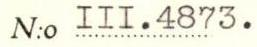
N:o III.4873.